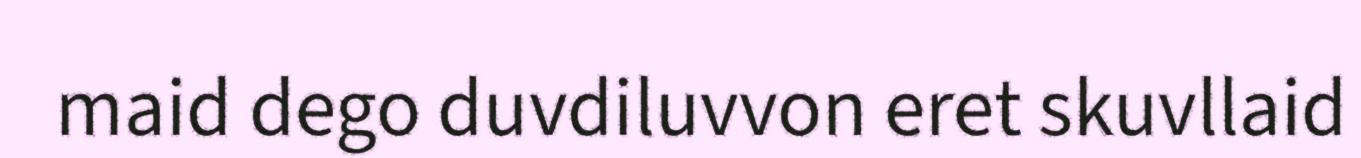
maid dego duvdiluvvon eret skuvllaid